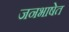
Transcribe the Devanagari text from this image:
जनभाषेत